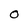
Character: 0